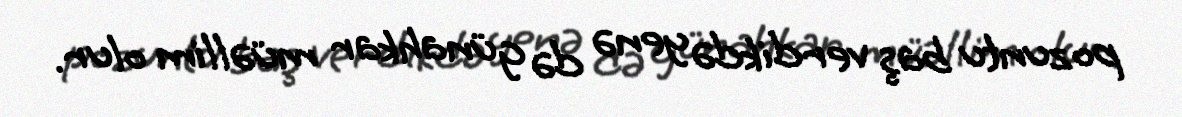
pozuntu baş verdikdə yenə də günahkar müəllim olur.